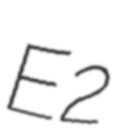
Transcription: E2